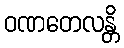
ဝဏတေလန္တိ